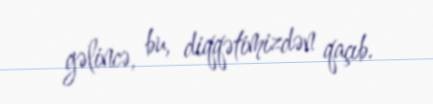
gəlincə, bu, diqqətimizdən qaçıb.